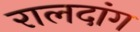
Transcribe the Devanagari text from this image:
रालदांग